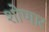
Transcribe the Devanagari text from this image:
शोणार